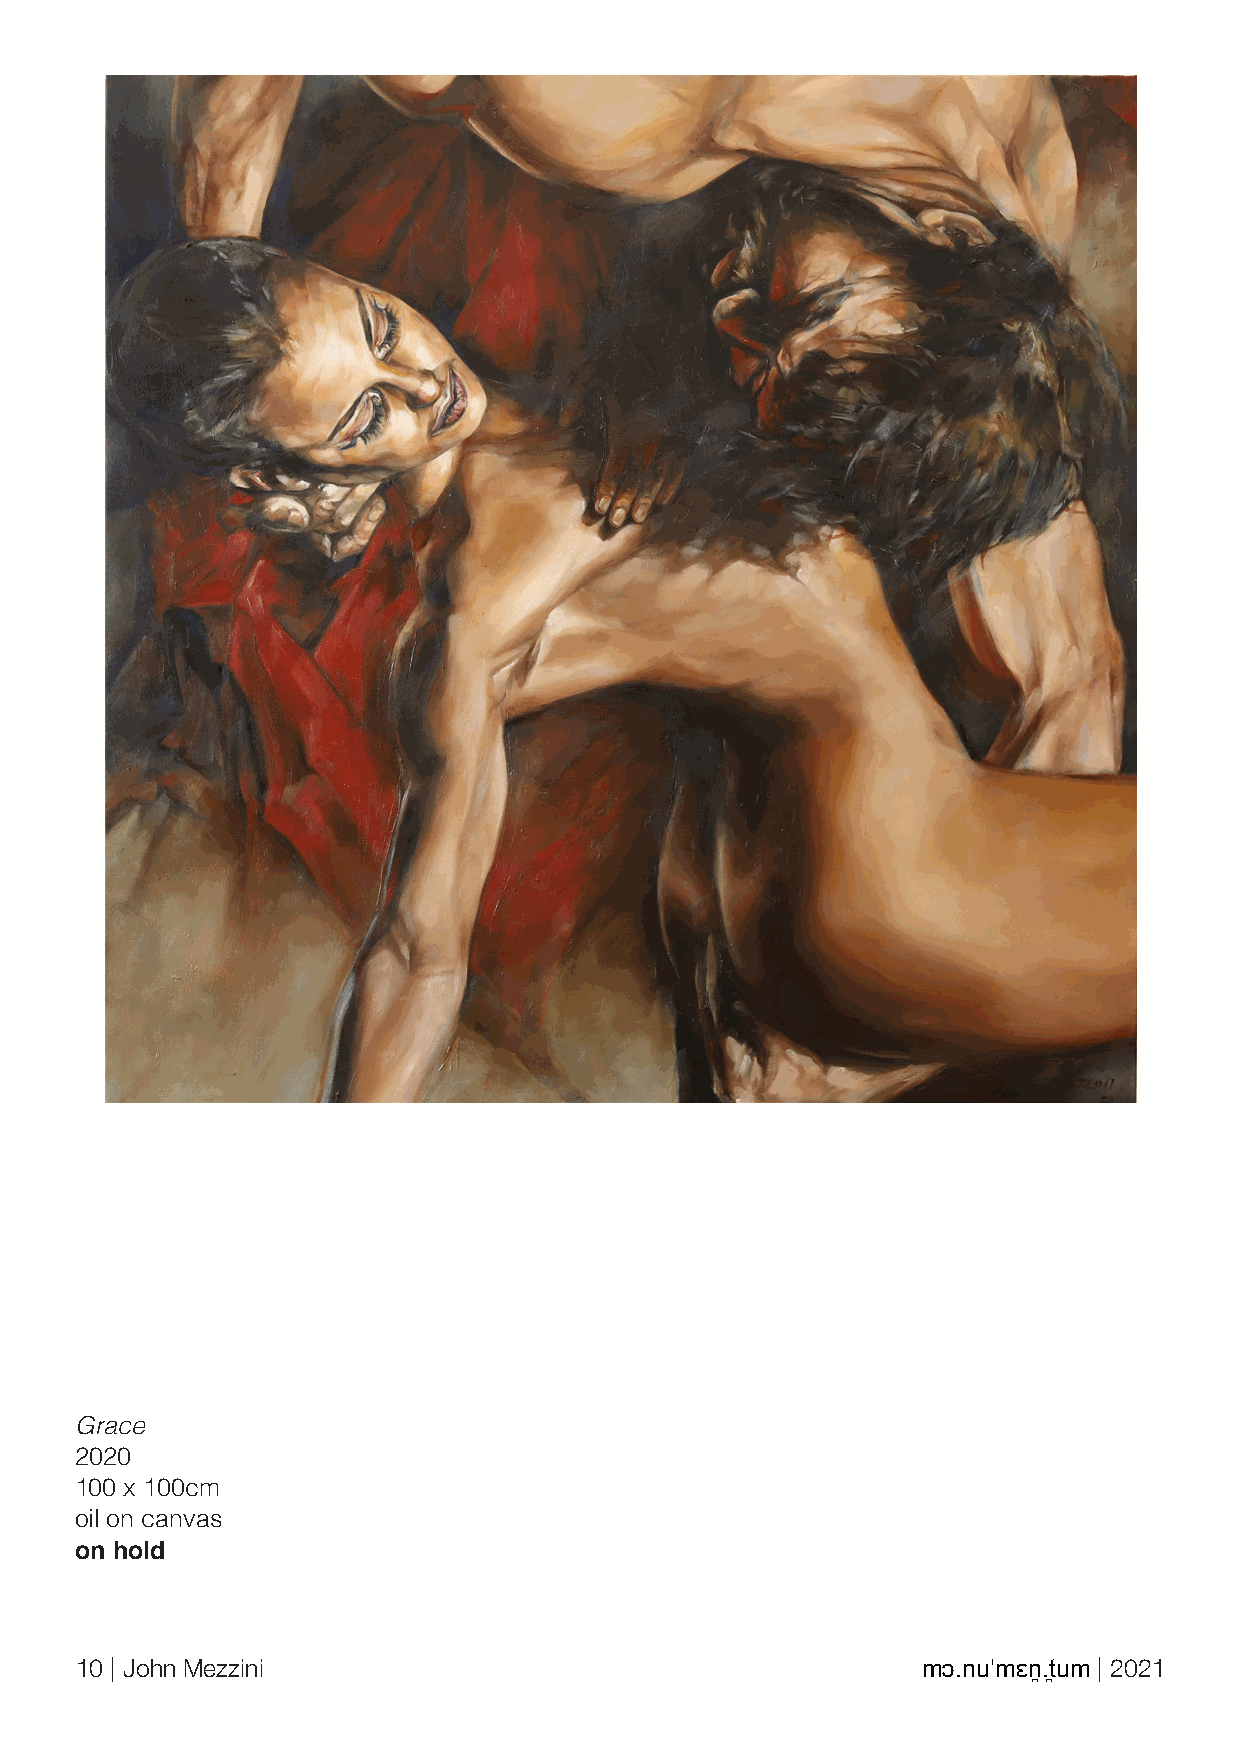
Grace
 2020
 100 x 100cm
 oil on canvas
 on hold
 10 | John Mezzini                                       mɔ.nuˈmɛn̪.t̪um | 2021